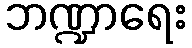
ဘဏ္ဍာရေး